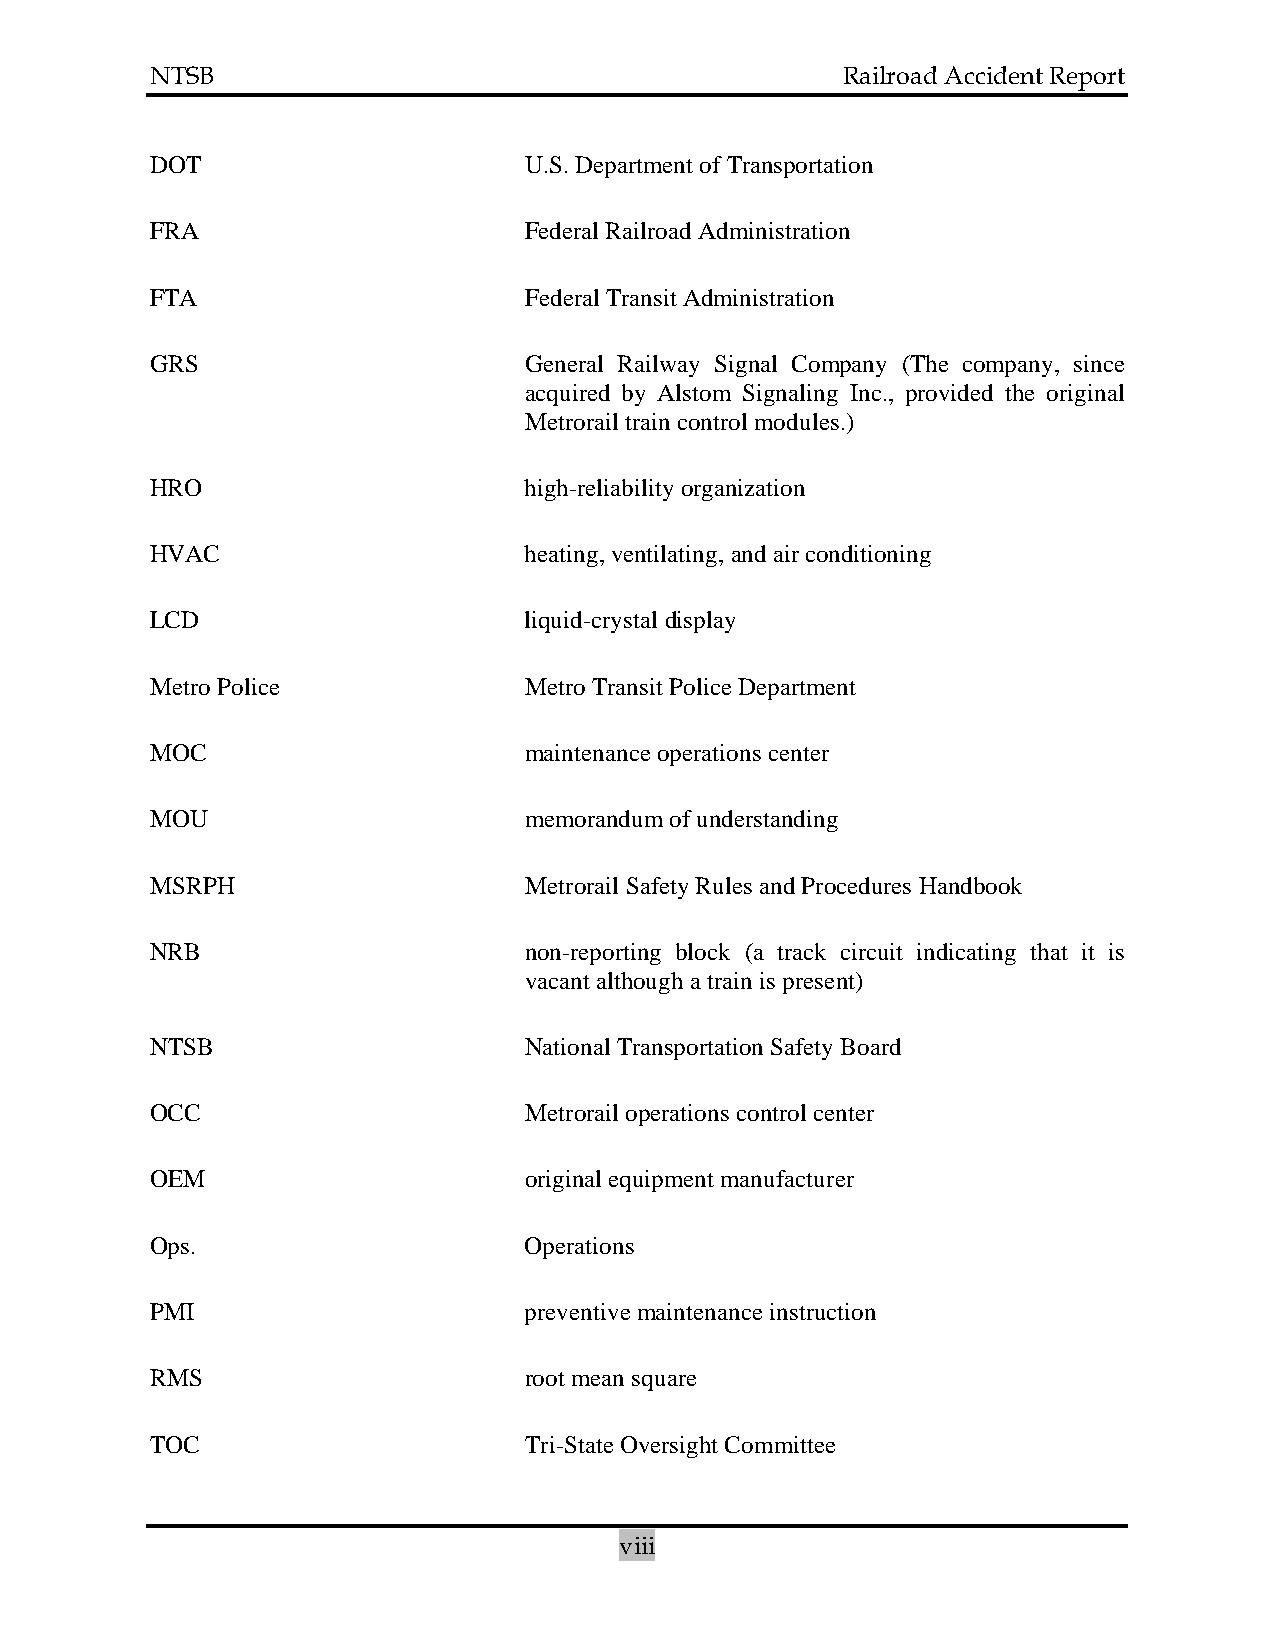
NTSB                                          Railroad Accident Report
 DOT                      U.S. Department of Transportation
 FRA                      Federal Railroad Administration
 FTA                      Federal Transit Administration
 GRS                      General Railway Signal Company (The company, since
 acquired by Alstom Signaling Inc., provided the original
 Metrorail train control modules.)
 HRO                      high-reliability organization
 HVAC                     heating, ventilating, and air conditioning
 LCD                      liquid-crystal display
 Metro Police             Metro Transit Police Department
 MOC                      maintenance operations center
 MOU                      memorandum of understanding
 MSRPH                    Metrorail Safety Rules and Procedures Handbook
 NRB                      non-reporting block (a track circuit indicating that it is
 vacant although a train is present)
 NTSB                     National Transportation Safety Board
 OCC                      Metrorail operations control center
 OEM                      original equipment manufacturer
 Ops.                     Operations
 PMI                      preventive maintenance instruction
 RMS                      root mean square
 TOC                      Tri-State Oversight Committee
 viii